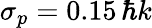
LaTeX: \sigma_{p}=0.15\, \hbar k